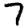
Digit: 7